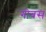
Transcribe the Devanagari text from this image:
गोबस